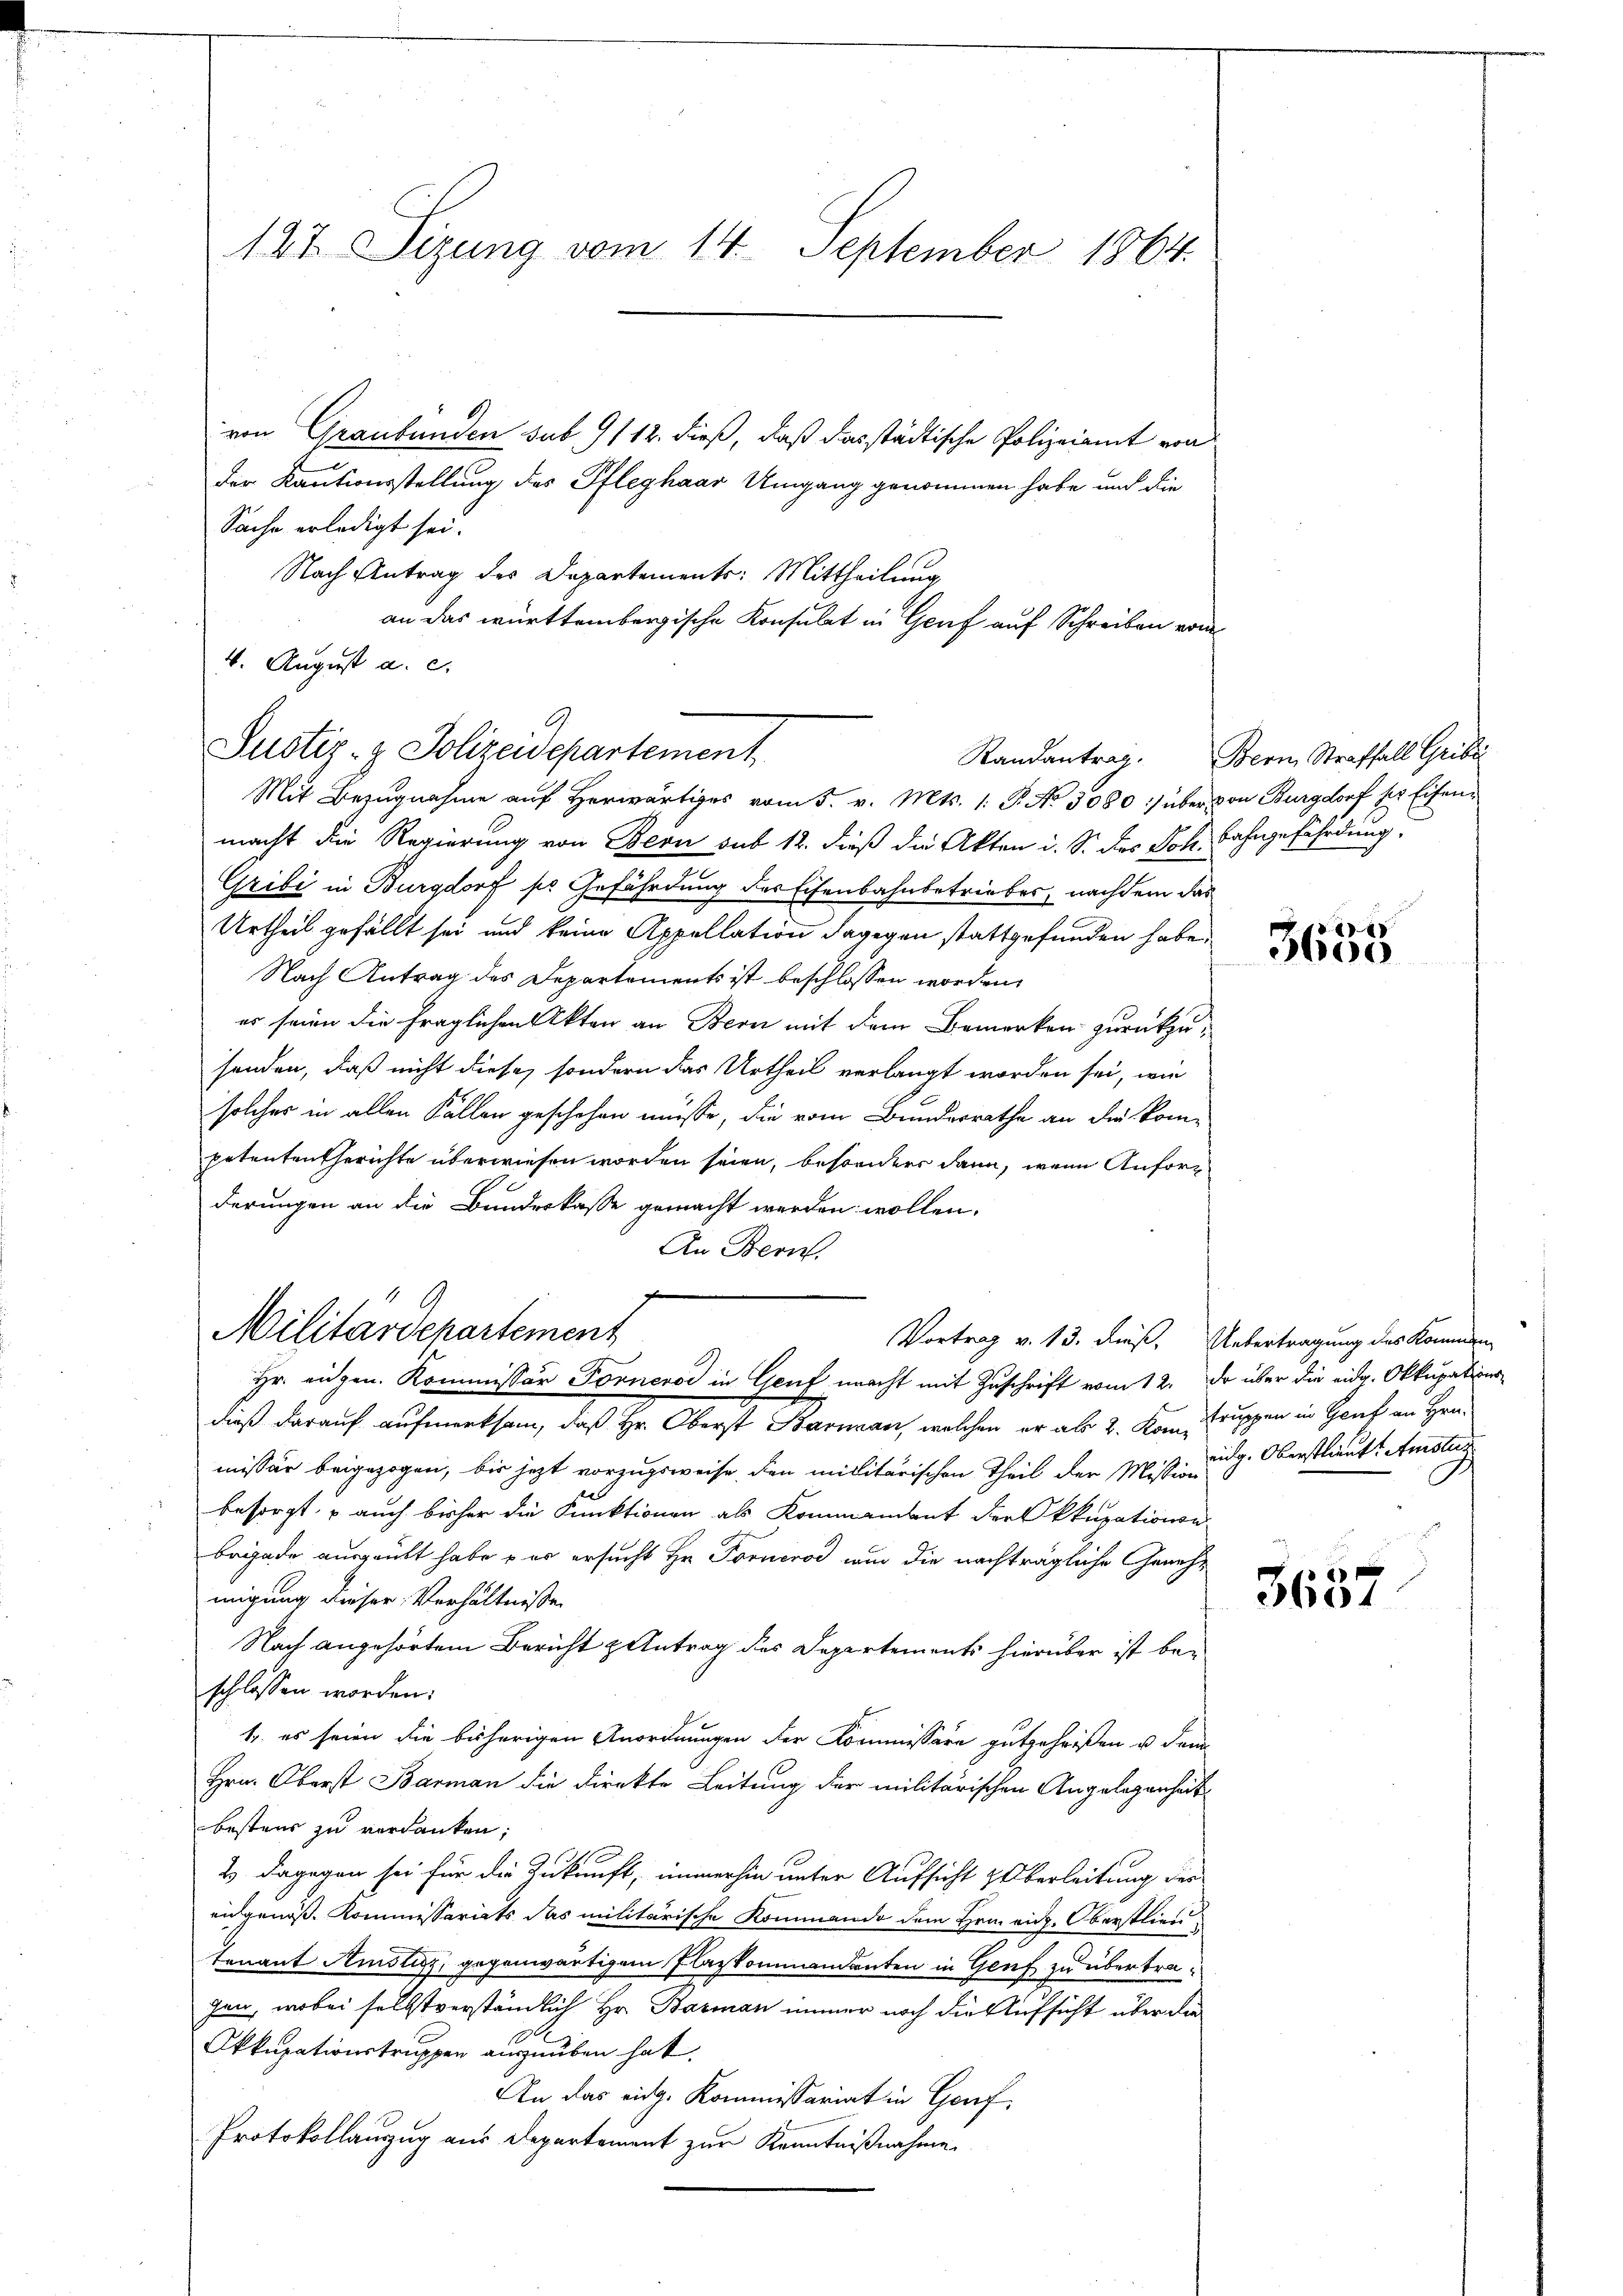
127 izung vom 14. September 1864.

von Graubünden sub 9112. dieß, daß das städtische Polizeiamt von
Der Kautionsstellung des Pfleghaar Umgang genommen habe und die
Sache erledigt sei.
Nach Antrag des Departements: Mittheilung
an das württembergische Konsulat in Genf auf Schreiben vom
4. August a. c.

Justiz- & Polizeidepartement
Mit Bezugnahme auf Herwärtiges vom 5. v. Mts. 1. P. No 5080 :/ über von Burgdorf der Eisen¬

macht die Regierung von Bern sub 12. dieß die Akten i. S. des Joh. Bahngefährdung,
Gribi in Burgdorf so Gefährdung des Eisenbahnbetriebes, nachdem das
Urtheil gefällt sei und keine Appellation dagegen stattgefunden haben
Nach Antrag des Departements ist beschlossen worden.
es seien die fraglichen Akten an Bern mit dem Bemerken zurückzusenden, daß nicht diese, sondern das Urtheil verlangt worden sei, wie
solches in allen Fällen geschehen müsse, die vom Bundesrathe an die kompetenten Gerichte überwiesen worden seien, besonders dann, wenn Anforderungen an die Bundeskasse gemacht werden wollen.
An Bern.
J
9

Militärdepartement
Hr. eigen. Kommissär Forneroć in Genf macht mit Zuschrift vom 12. Da über die eidg. Okkupations¬

dieß darauf aufmerksam, daß Hr. Oberst Baran, welchen er als 2. Kon-Truppen in Genf an Hrn.
missär beigezogen, bis jezt vorzugsweise, den militärischen Theil der Mißing. Oberstlaut. Amste
besorgt, – auch bisher die Funktionen als Kommandant der Okkupationen
baigade ausgeübt habe, – er ersucht Hr. Forneros nur die nachträgliche Genehmigung dieser Verhältniße.
Nach angehörtem Bericht & Antrag des Departements hierüber ist beschlossen worden:
1. es seien die bisherigen Anordnungen der Kommissäre gutgeheißen u. dam
Hrn. Oberst Barman die Direkte Leitung der militärischen Angelegenheit
bestens zu verdanken;
2). Dagegen sei für die Zukunft, immerhin unter Aufsicht überleitung der
eidgenoss. Kommesariats das militärische Kommando dem Heinrich. Oberstlieu
tenant Amsli, gegenwärtigem Plazkommandanten in Genf zu übertragen, wobei selbstverständlich Hr. Barman immer noch die Aufsicht über die
Okkupationstruppen auszuüben hat.
An das eidg. Kommissariat in Genf,
Protokollanzug aus Departement zur Kenntnißnahme

Randantrag. Bern Straffall Gribi

Vortrag v. 13. dieß, Uebertragung des Kommen

1
00

3657